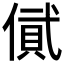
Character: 𠍎